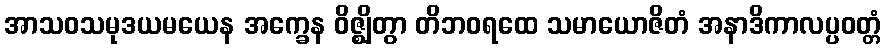
အာသဝသမုဒယမယေန အက္ခေန ဝိဇ္ဈိတွာ တိဘဝရထေ သမာယောဇိတံ အနာဒိကာလပ္ပဝတ္တံ